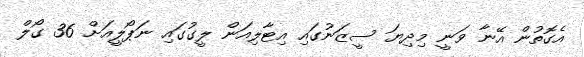
އެގޮތުން އޭނާ ވަނީ މިދިޔަ ސީޒަނުގައި އިޓާލިއަން ލީގުގައި ނަޕޯލީއަށް 36 ގޯލް